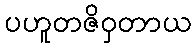
ပဟူတဇိဝှတာယ